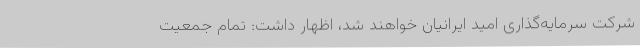
شرکت سرمایه‌گذاری امید ایرانیان خواهند شد، اظهار داشت: تمام جمعیت